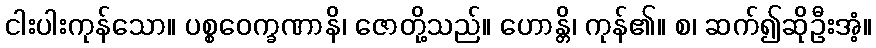
ငါးပါးကုန်သော။ ပစ္စဝေက္ခဏာနိ၊ ဇောတို့သည်။ ဟောန္တိ၊ ကုန်၏။ စ၊ ဆက်၍ဆိုဦးအံ့။